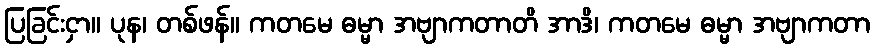
ပြခြင်းငှာ။ ပုန၊ တစ်ဖန်။ ကတမေ ဓမ္မာ အဗျာကတာတိ အာဒိ၊ ကတမေ ဓမ္မာ အဗျာကတာ